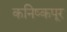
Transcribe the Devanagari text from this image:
कनिष्कपूर